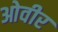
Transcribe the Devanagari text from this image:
ओवीर